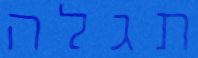
תגלה